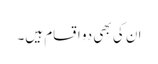
ان کی بھی دو اقسام ہیں۔